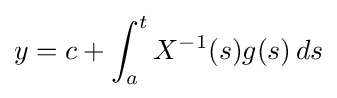
y=c+\int _{a}^{t}X^{-1}(s)g(s)\,ds